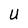
Character: u